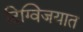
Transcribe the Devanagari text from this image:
दिग्विजयात